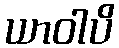
ယာဝါပိ